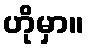
ဟိုမှာ။